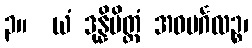
၃။  ယံ ဒုန္နိမိတ္တံ အဝမင်္ဂလဉ္စ၊